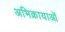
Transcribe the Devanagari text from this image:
अभिक्रायाओं